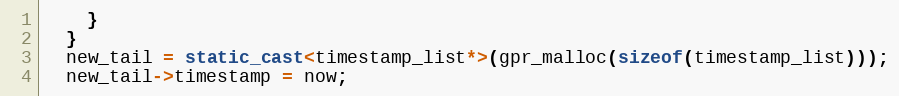
Language: C++
    }
  }
  new_tail = static_cast<timestamp_list*>(gpr_malloc(sizeof(timestamp_list)));
  new_tail->timestamp = now;